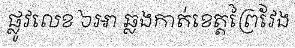
ផ្លូវលេខ ៦អា ឆ្លងកាត់ខេត្តព្រៃវែង